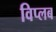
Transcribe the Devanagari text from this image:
विप्लब